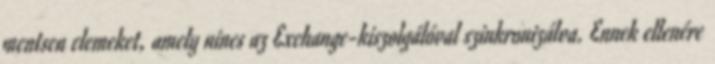
mentsen elemeket, amely nincs az Exchange-kiszolgálóval szinkronizálva. Ennek ellenére